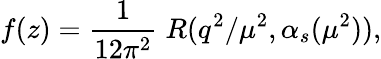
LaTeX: f(z)=\frac{1}{12\pi^{2}}\; R(q^{2}/\mu^{2},\alpha_{s}(\mu^{2})),